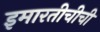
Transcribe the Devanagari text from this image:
इमारतीचीची